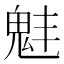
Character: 𩲗